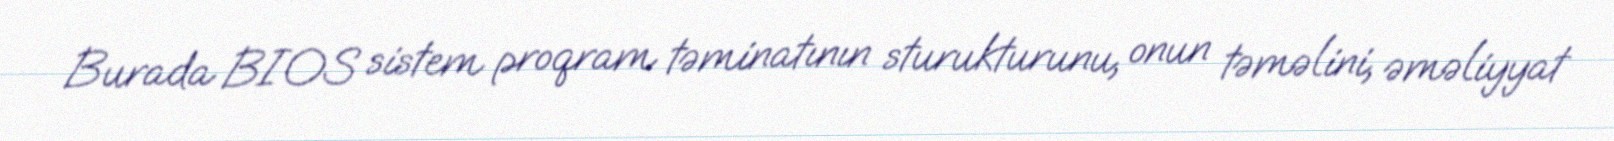
Burada BIOS sistem proqram təminatının sturukturunu, onun təməlini, əməliyyat